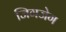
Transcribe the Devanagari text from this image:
जिगजेग